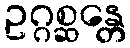
ဥဂ္ဂစ္ဆန္တေ